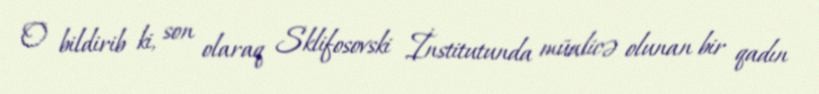
O bildirib ki, son olaraq Sklifosovski İnstitutunda müalicə olunan bir qadın